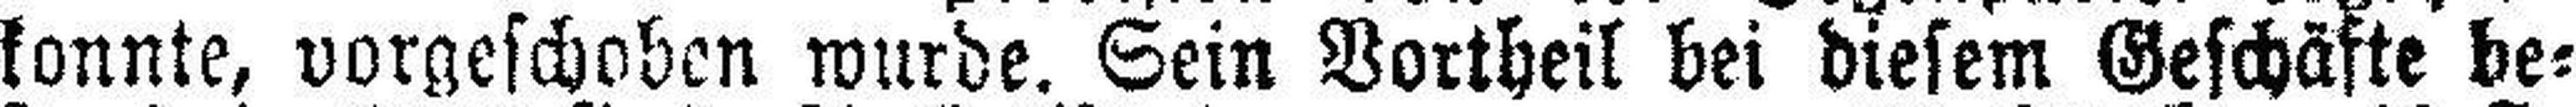
konnte, vorgeschoben wurde. Sein Vortheil bei diesem Geschäfte be¬